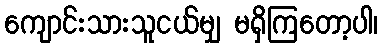
ကျောင်းသားသူငယ်မျှ မရှိကြတော့ပါ၊